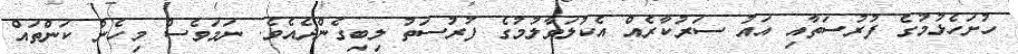
ހުށަހެޅުމުގެ ފުރުސަތާއި އައު ސަރުކާރެއް އެކުލަވާލުމުގެ ފުރުސަތު ލިބިގެންދެއެވެ. ނަމަވެސް މިހެން ކަންތައް